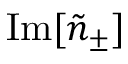
\mathrm { I m } [ \tilde { n } _ { \pm } ]